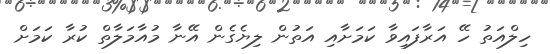
ހިލްއަތު ހޭ އަރާފައިވާ ކަމަށާއި އަތުން ލިޔެގެން އޭނާ މުއާމަލާތް ކުރާ ކަމަށް